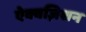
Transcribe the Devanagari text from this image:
ऐक्वज़िशन